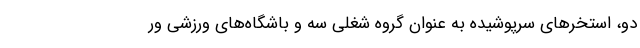
دو، استخرهای سرپوشیده به عنوان گروه شغلی سه و باشگاه‌های ورزشی ور